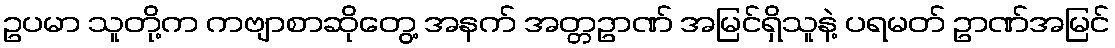
ဥပမာ သူတို့က ကဗျာစာဆိုတွေ့ အနက် အတ္တဥာဏ် အမြင်ရှိသူနဲ့ ပရမတ် ဥာဏ်အမြင်